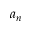
a _ { n }